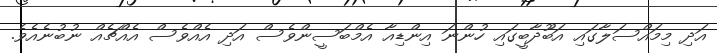
އަދި މިމައްސަލާގައި އަބޫދާބީގައި ހުންނަ އިންޑިއާ އެމްބަސީންވެސް އަދި އެއްވެސް އެއްޗެއް ނުބުނެއެވެ.